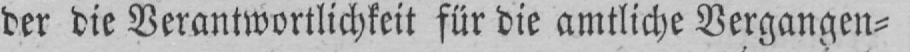
der die Verantwortlichkeit für die amtliche Vergangen⸗